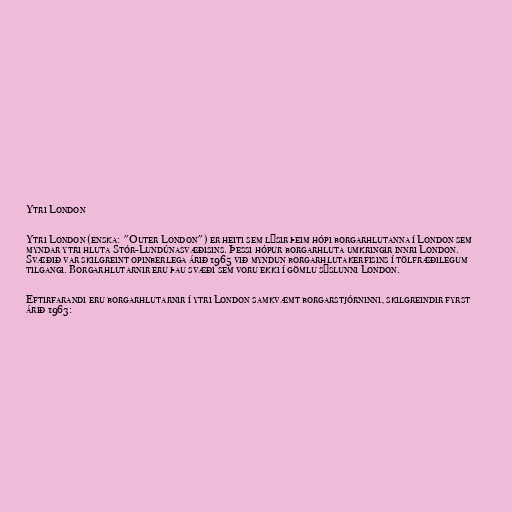
Ytri London

Ytri London (enska: "Outer London") er heiti sem lýsir þeim hópi borgarhlutanna í London sem
myndar ytri hluta Stór-Lundúnasvæðisins. Þessi hópur borgarhluta umkringir innri London.
Svæðið var skilgreint opinberlega árið 1965 við myndun borgarhlutakerfisins í tölfræðilegum
tilgangi. Borgarhlutarnir eru þau svæði sem voru ekki í gömlu sýslunni London.

Eftirfarandi eru borgarhlutarnir í ytri London samkvæmt borgarstjórninni, skilgreindir fyrst
árið 1963: